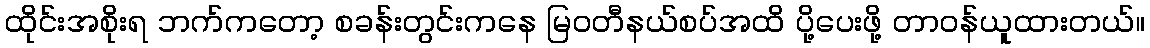
ထိုင်းအစိုးရ ဘက်ကတော့ စခန်းတွင်းကနေ မြဝတီနယ်စပ်အထိ ပို့ပေးဖို့ တာဝန်ယူထားတယ်။